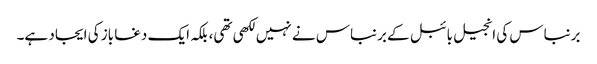
برنباس کی انجیل بائبل کے برنباس نے نہیں لکھی تھی، بلکہ ایک دغا باز کی ایجاد ہے۔